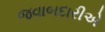
જવાબદારીએ